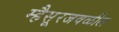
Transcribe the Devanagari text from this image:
म्हैसूरजवळील